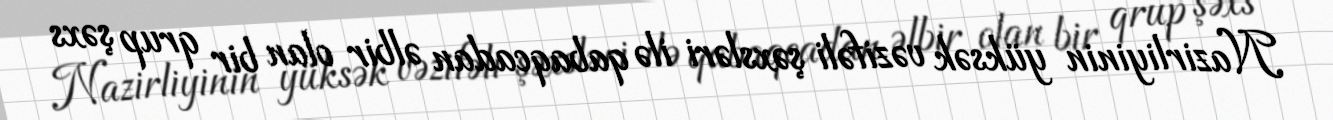
Nazirliyinin yüksək vəzifəli şəxsləri ilə qabaqcadan əlbir olan bir qrup şəxs